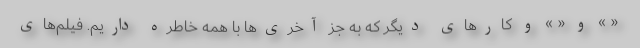
« » و « » و کارهای دیگر که به جز آخری‌ها با همه خاطره داریم. فیلم‌های